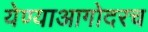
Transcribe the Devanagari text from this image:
येण्याआगोदरच